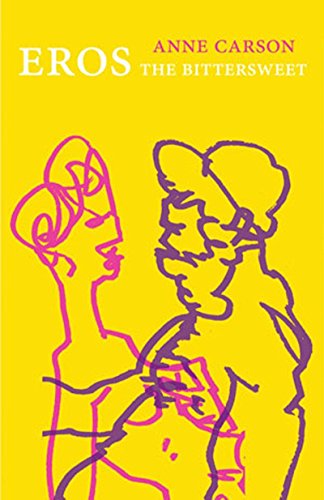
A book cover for Eros the Bittersweet (Canadian Literature); Anne Carson; Literature & Fiction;